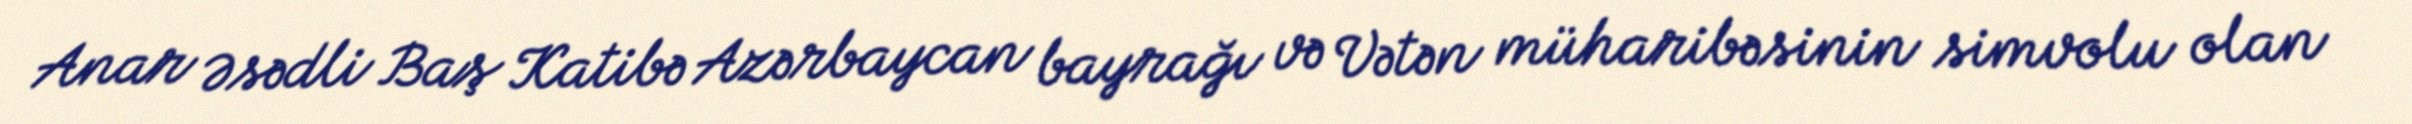
Anar Əsədli Baş Katibə Azərbaycan bayrağı və Vətən müharibəsinin simvolu olan